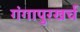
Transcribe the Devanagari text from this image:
गंगापुरखर्च